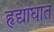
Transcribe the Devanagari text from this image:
हृद्याघात